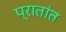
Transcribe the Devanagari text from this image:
प्रातांत